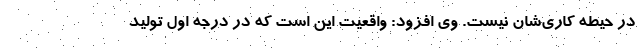
در حیطه کاری‌شان نیست. وی افزود: واقعیت این است که در درجه اول تولید